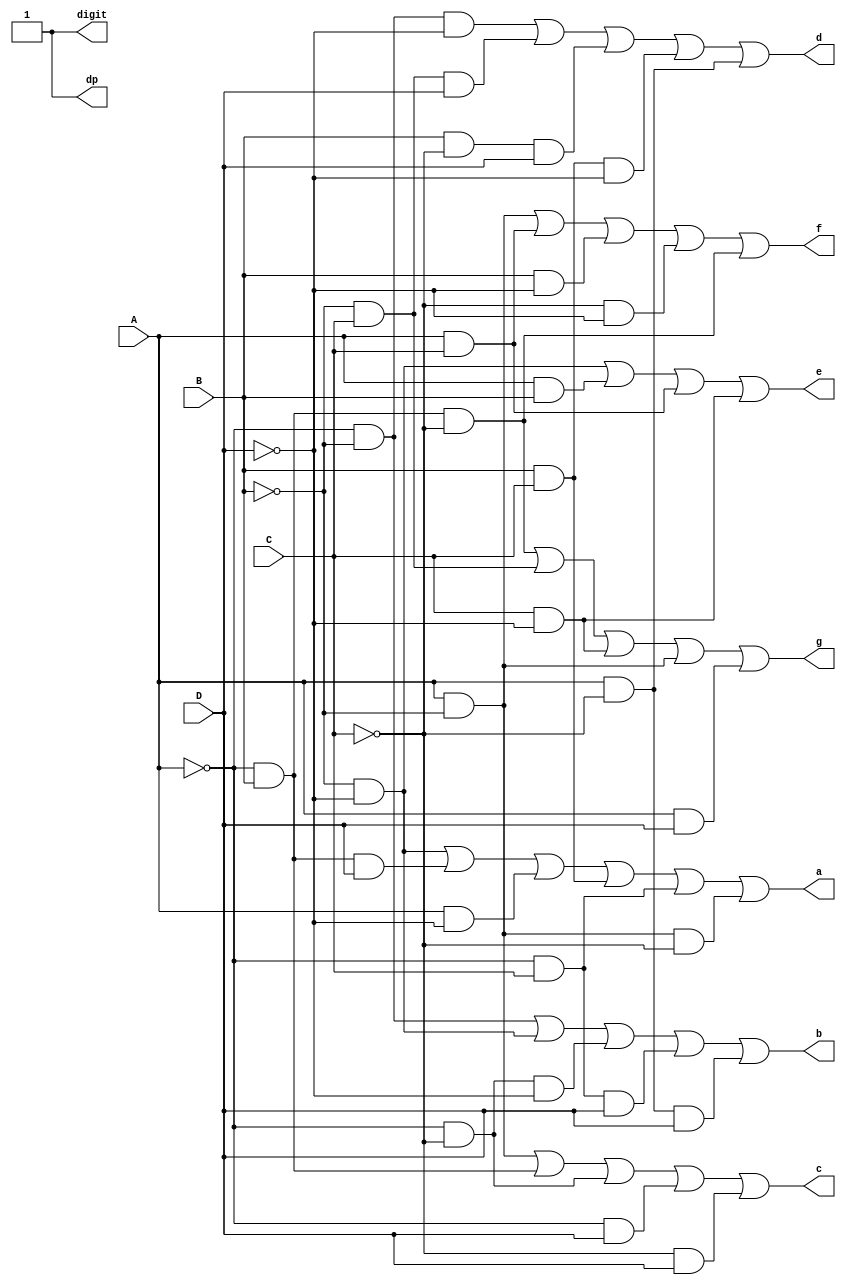
`timescale 1ns / 1ps

module seg7(
    input A, B, C, D,
    output a, b, c, d, e, f, g, dp, digit
);

assign a = (~B & ~D) | (~A & B & D) | (A & ~D) | (B & C) | (~A & C) | (A & ~B & ~C);
assign b = (~A & ~B) | (~B & ~D) | (~A & ~C & ~D) | (~A & C & D) | (A & ~C & D);
assign c = (A & ~B) | (~A & B) | (~A & ~C) | (~A & D) | (~C & D);
assign d = (~A & ~B & ~D) | (~B & C & D) | (B & ~C & D) | (B & C & ~D) | (A & ~C);
assign e = (~B & ~D) | (A & B) | (A & C) | (C & ~D);
assign f = (A & ~B) | (A & C) | (B & ~D) | (~C & ~D) | (~A & B & ~C);
assign g = (~A & B & ~C) | (~B & C) | (C & ~D) | (A & ~B) | (A & D);
assign dp = 1;
assign digit = a | b | c | d | e | f | g | dp;

endmodule